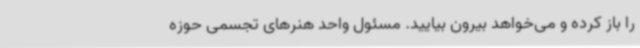
را باز کرده و می‌خواهد بیرون بیایید. مسئول واحد هنرهای تجسمی حوزه